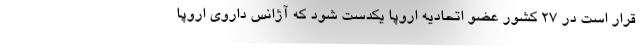
قرار است در ۲۷ کشور عضو اتحادیه اروپا یکدست شود که آژانس داروی اروپا